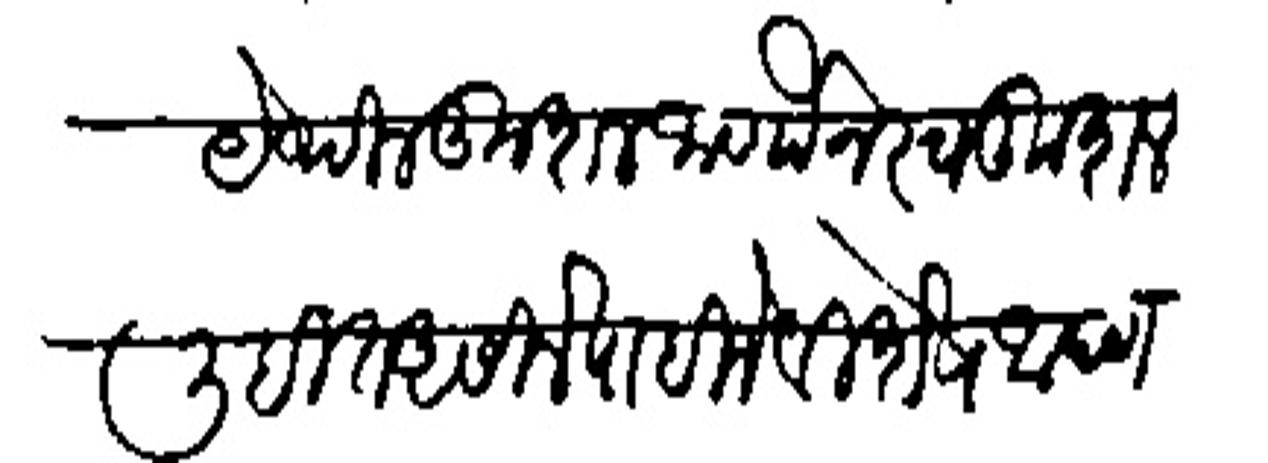
Transliteration (Devanagari): येथील कुशल जाणौन स्वकुशल लिहीत असिले पाहिमे विश्षेष आपण